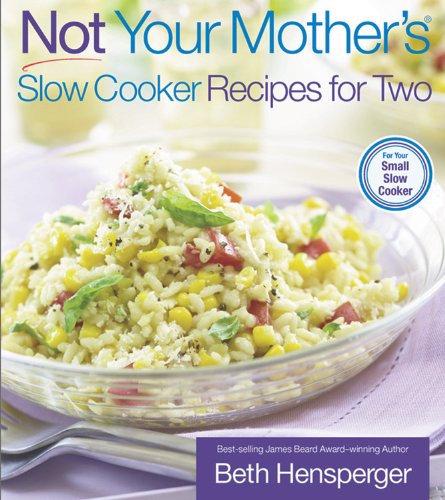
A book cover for Not Your Mother's Slow Cooker Recipes for Two (NYM Series); Beth Hensperger; Cookbooks, Food & Wine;